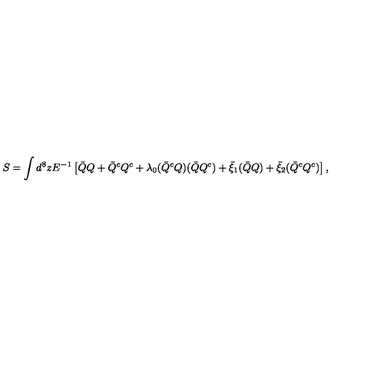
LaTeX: S = \displaystyle \int d ^ { 8 } z E ^ { - 1 } \left[ \bar { Q } Q + \bar { Q } ^ { c } Q ^ { c } + \lambda _ { 0 } ( \bar { Q } ^ { c } Q ) ( \bar { Q } Q ^ { c } ) + \bar { \xi } _ { 1 } ( \bar { Q } Q ) + \bar { \xi } _ { 2 } ( \bar { Q } ^ { c } Q ^ { c } ) \right] ,